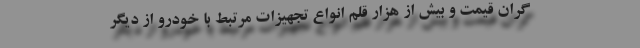
گران قیمت و بیش از هزار قلم انواع تجهیزات مرتبط با خودرو از دیگر